Annual statistical returns and brief notes on vaccination in Bengal - 1909-1929
Year: 1909
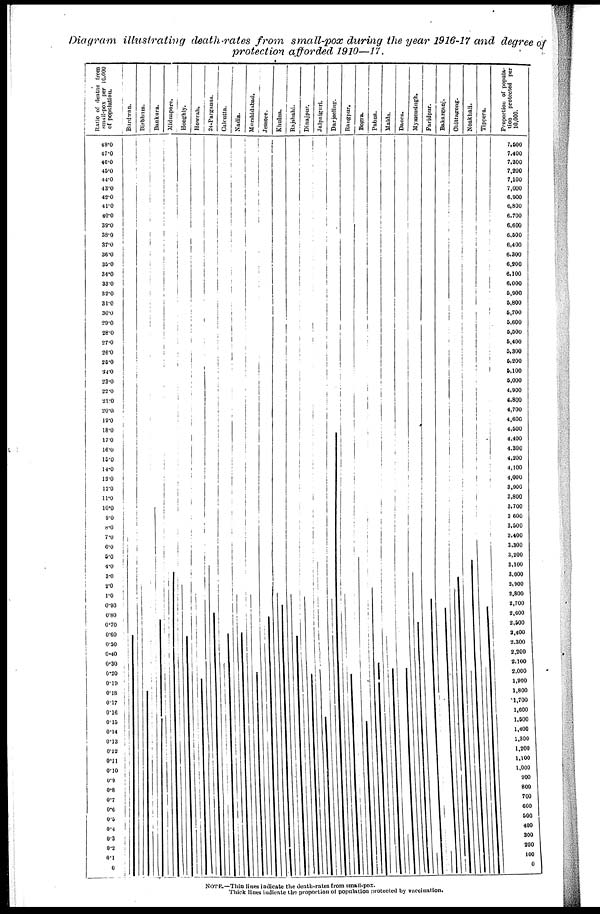
Diagram illustrating death-rates from small-pox during the year 1916-17 and degree of
protection afforded 1910—17.
NOTE.—Thin lines indicate the death-rates from small-pox.
Thick lines indicate the proportion of population protected by vaccination.